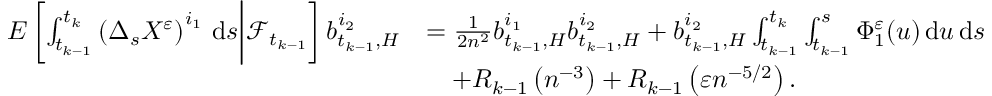
\begin{array} { r l } { E \left[ \int _ { t _ { k - 1 } } ^ { t _ { k } } \left( \Delta _ { s } X ^ { \varepsilon } \right) ^ { i _ { 1 } } \, \mathrm { d } s \bigg | \mathcal { F } _ { t _ { k - 1 } } \right] b _ { t _ { k - 1 } , H } ^ { i _ { 2 } } } & { = \frac { 1 } { 2 n ^ { 2 } } b _ { t _ { k - 1 } , H } ^ { i _ { 1 } } b _ { t _ { k - 1 } , H } ^ { i _ { 2 } } + b _ { t _ { k - 1 } , H } ^ { i _ { 2 } } \int _ { t _ { k - 1 } } ^ { t _ { k } } \int _ { t _ { k - 1 } } ^ { s } \Phi _ { 1 } ^ { \varepsilon } ( u ) \, \mathrm { d } u \, \mathrm { d } s } \\ & { \quad + R _ { k - 1 } \left( n ^ { - 3 } \right) + R _ { k - 1 } \left( \varepsilon n ^ { - 5 / 2 } \right) . } \end{array}